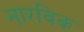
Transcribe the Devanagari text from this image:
नारविक